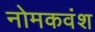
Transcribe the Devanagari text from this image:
नोमकवंश